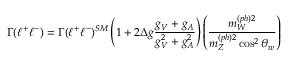
\Gamma ( \ell ^ { + } \ell ^ { - } ) = \Gamma ( \ell ^ { + } \ell ^ { - } ) ^ { S M } \left( 1 + 2 \Delta g \frac { g _ { V } + g _ { A } } { g _ { V } ^ { 2 } + g _ { A } ^ { 2 } } \right) \left( \frac { m _ { W } ^ { ( p h ) 2 } } { m _ { Z } ^ { ( p h ) 2 } \cos ^ { 2 } \theta _ { w } } \right)